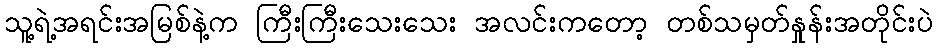
သူ့ရဲ့အရင်းအမြစ်နဲ့က ကြီးကြီးသေးသေး အလင်းကတော့ တစ်သမှတ်နှုန်းအတိုင်းပဲ